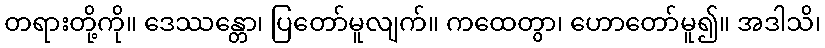
တရားတို့ကို။ ဒေဿန္တော၊ ပြတော်မူလျက်။ ကထေတွာ၊ ဟောတော်မူ၍။ အဒါသိ၊